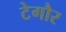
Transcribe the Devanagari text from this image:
टेगौर